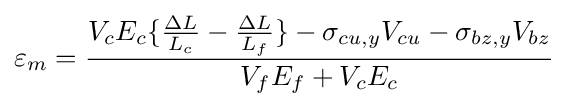
\varepsilon _{m}={\frac {V_{c}E_{c}\{{\frac {\Delta L}{L_{c}}}-{\frac {\Delta L}{L_{f}}}\}-\sigma _{cu,y}V_{cu}-\sigma _{bz,y}V_{bz}}{V_{f}E_{f}+V_{c}E_{c}}}